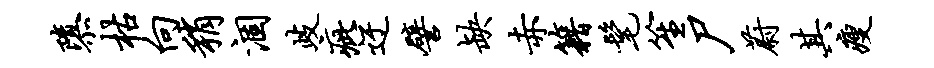
隳枯向稍涸歧疵迂譬缺赤籍髦笙尸蔚其瘦